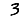
Digit: 3